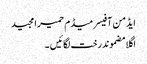
ایڈمن آفیسر میڈم حمیرا مجید
اگلا مضموندرخت لگائیں ۔